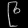
Digit: ၉